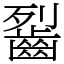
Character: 䶛